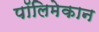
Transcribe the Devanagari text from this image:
पॉलिमेकान